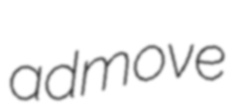
admove